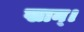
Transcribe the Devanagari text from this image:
खान्।